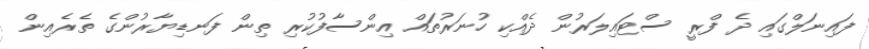
ފައިނަލްގައި ދެ ފްރީ ސްޓައިލަރުން ދެއްކި ހުނަރުތައް އިންސާފުކުރި ތިން ފަނޑިޔާރުންގެ ތެރެއިން